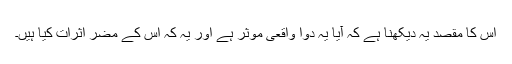
اس کا مقصد یہ دیکھنا ہے کہ آیا یہ دوا واقعی موثر ہے اور یہ کہ اس کے مضر اثرات کیا ہیں۔